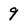
Character: 9